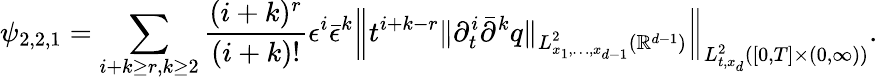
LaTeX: \psi_{2,2,1}=\sum_{i+k\ge r,k\ge 2}\frac{(i+k)^{r}}{(i+k)!}\epsilon^{i}\bar{\epsilon}^{k}\left\| t^{i+k-r}\| \partial_{t}^{i}\bar{\partial}^{k}q\| _{L_{x_{1},\dots,x_{d-1}}^{2}(\mathbb R^{d-1})}\right\| _{L_{t,x_{d}}^{2}([0,T]\times(0,\infty))}.